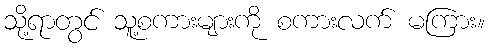
သို့ရာတွင် သူ့စကားများကို စကားလက် မကြား။